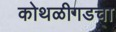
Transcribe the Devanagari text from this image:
कोथळीगडचा